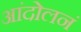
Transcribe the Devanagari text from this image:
आंदोलनं